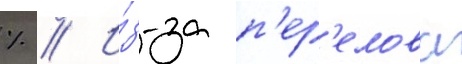
% // И́з-за п'ер'елова